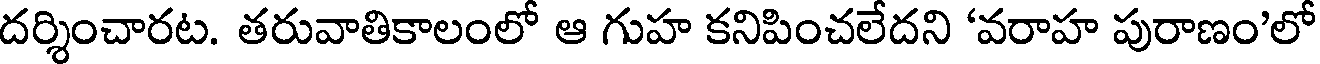
దర్శించారట. తరువాతికాలంలో ఆ గుహ కనిపించలేదని 'వరాహ పురాణం'లో